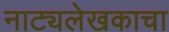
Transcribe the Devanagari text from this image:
नाट्यलेखकाचा